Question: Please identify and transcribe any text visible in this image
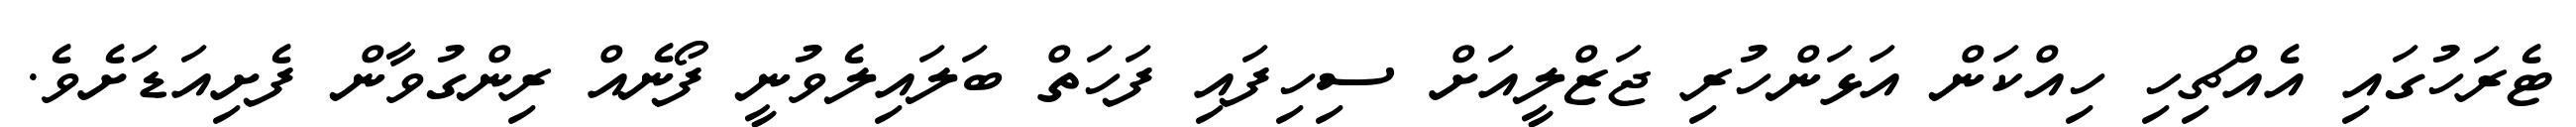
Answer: ޓެރަހުގައި އެއްޗިހި ހިއްކަން އަޅަންހުރި ޖަޒްލީއަށް ސިހިފައި ފަހަތް ބަލައިލެވުނީ ފޯނެއް ރިންގުވާން ފެށިއަޑަށެވެ.